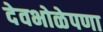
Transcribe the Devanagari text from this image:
देवभोळेपणा